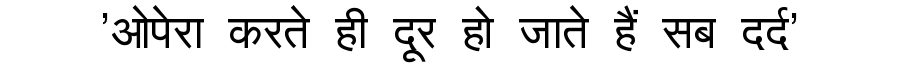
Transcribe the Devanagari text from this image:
'ओपेरा करते ही दूर हो जाते हैं सब दर्द'